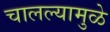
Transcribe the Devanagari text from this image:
चालल्यामुळे